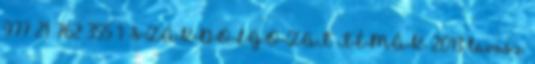
977 21 762 355 1 SZAKDOLGOZAT TÉMÁK 2013 tavasz